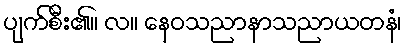
ပျက်စီး၏။ လ။ နေဝသညာနာသညာယတနံ၊